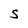
Character: S